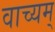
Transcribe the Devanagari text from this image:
वाच्यम्